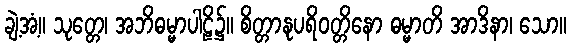
ချဲ့အံ့။ သုတ္တေ၊ အဘိဓမ္မာပါဠိ၌။ စိတ္တာနုပရိဝတ္တိနော ဓမ္မာတိ အာဒိနာ၊ သော။